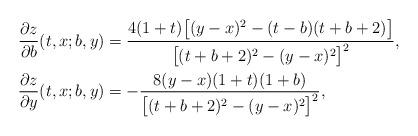
LaTeX: \begin{align*}\frac{\partial z}{\partial b}(t,x;b,y) & =\frac{4(1+t)\big[(y-x)^2-(t-b)(t+b+2)\big]}{\big[(t+b+2)^2-(y-x)^2\big]^2}, \\\frac{\partial z}{\partial y}(t,x;b,y) & =-\frac{8(y-x)(1+t)(1+b)}{\big[(t+b+2)^2-(y-x)^2\big]^2},\end{align*}